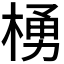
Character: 𪳆